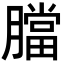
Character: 𦡁